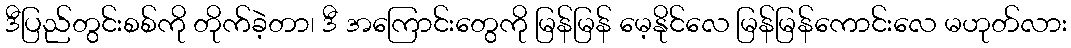
ဒီပြည်တွင်းစစ်ကို တိုက်ခဲ့တာ၊ ဒီ အကြောင်းတွေကို မြန်မြန် မေ့နိုင်လေ မြန်မြန်ကောင်းလေ မဟုတ်လား